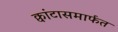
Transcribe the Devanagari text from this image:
क्वांटासमार्फत